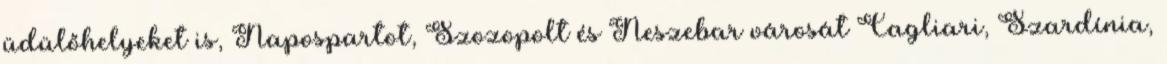
üdülőhelyeket is, Napospartot, Szozopolt és Neszebar városát Cagliari, Szardínia,